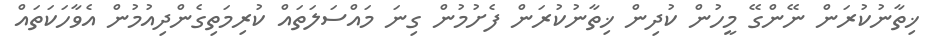
ޚިތާނުކުރަން ނޭންގޭ މީހުން ކުދިން ޚިތާނުކުރަން ފެށުމުން ގިނަ މައްސަލަތައް ކުރިމަތިގެންދިއުމުން އެވާހަކަތައް